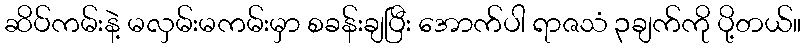
ဆိပ်ကမ်းနဲ့ မလှမ်းမကမ်းမှာ စခန်းချပြီး အောက်ပါ ရာဇသံ ၃ချက်ကို ပို့တယ်။